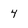
Character: 4